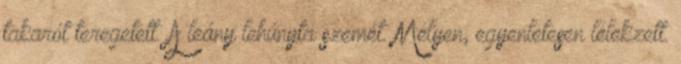
takarót teregetett. A leány lehúnyta szemét. Mélyen, egyenletesen lélekzett.